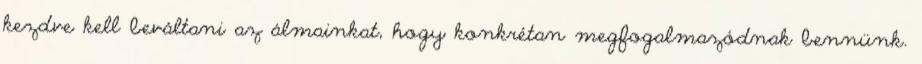
kezdve kell beváltani az álmainkat, hogy konkrétan megfogalmazódnak bennünk.